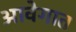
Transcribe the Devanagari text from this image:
आवेगात